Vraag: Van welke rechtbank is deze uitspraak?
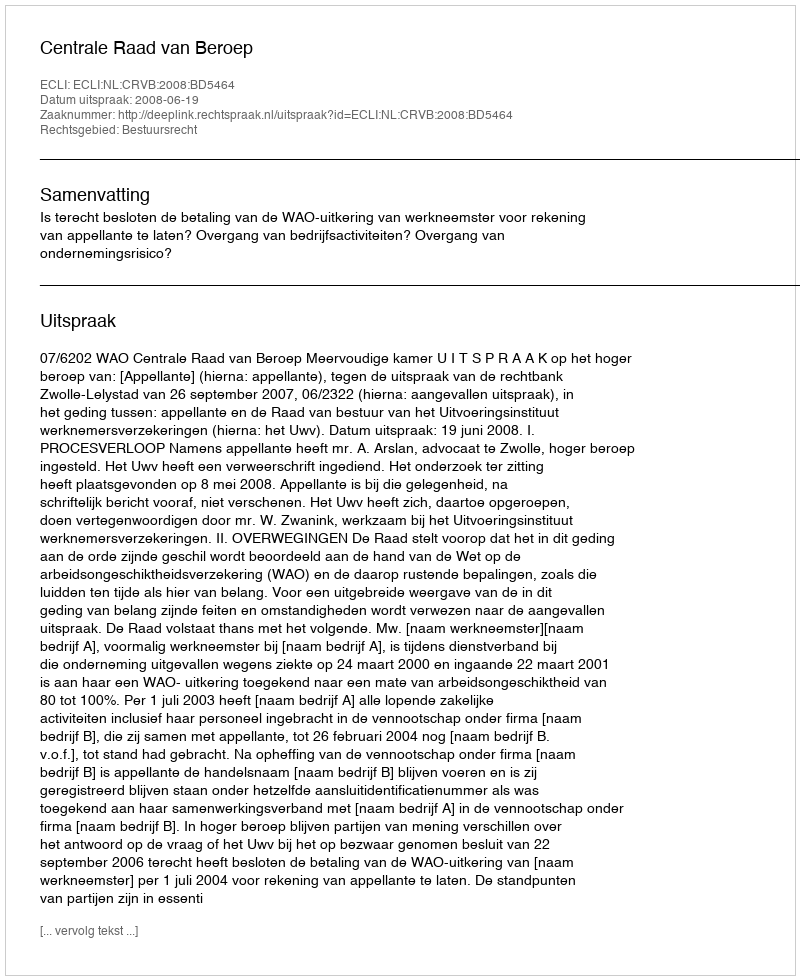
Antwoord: Centrale Raad van Beroep